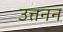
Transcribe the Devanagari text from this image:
उत्तनन